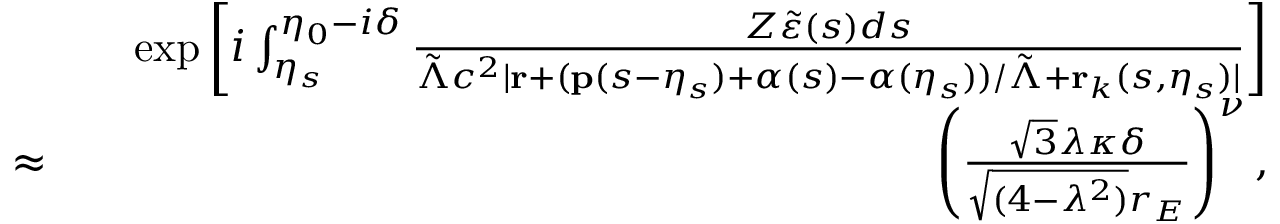
\begin{array} { r l r } & { } & { \exp \left[ i \int _ { \eta _ { s } } ^ { \eta _ { 0 } - i \delta } \frac { Z \tilde { \varepsilon } ( s ) d s } { \tilde { \Lambda } c ^ { 2 } | \mathbf { r } + ( \mathbf { p } ( s - \eta _ { s } ) + \boldsymbol { \alpha } ( s ) - \boldsymbol { \alpha } ( \eta _ { s } ) ) / \tilde { \Lambda } + \mathbf { r } _ { k } ( s , \eta _ { s } ) | } \right] } \\ { \approx } & { } & { \left( \frac { \sqrt { 3 } \lambda \kappa \delta } { \sqrt { ( 4 - \lambda ^ { 2 } ) } r _ { E } } \right) ^ { \nu } , } \end{array}